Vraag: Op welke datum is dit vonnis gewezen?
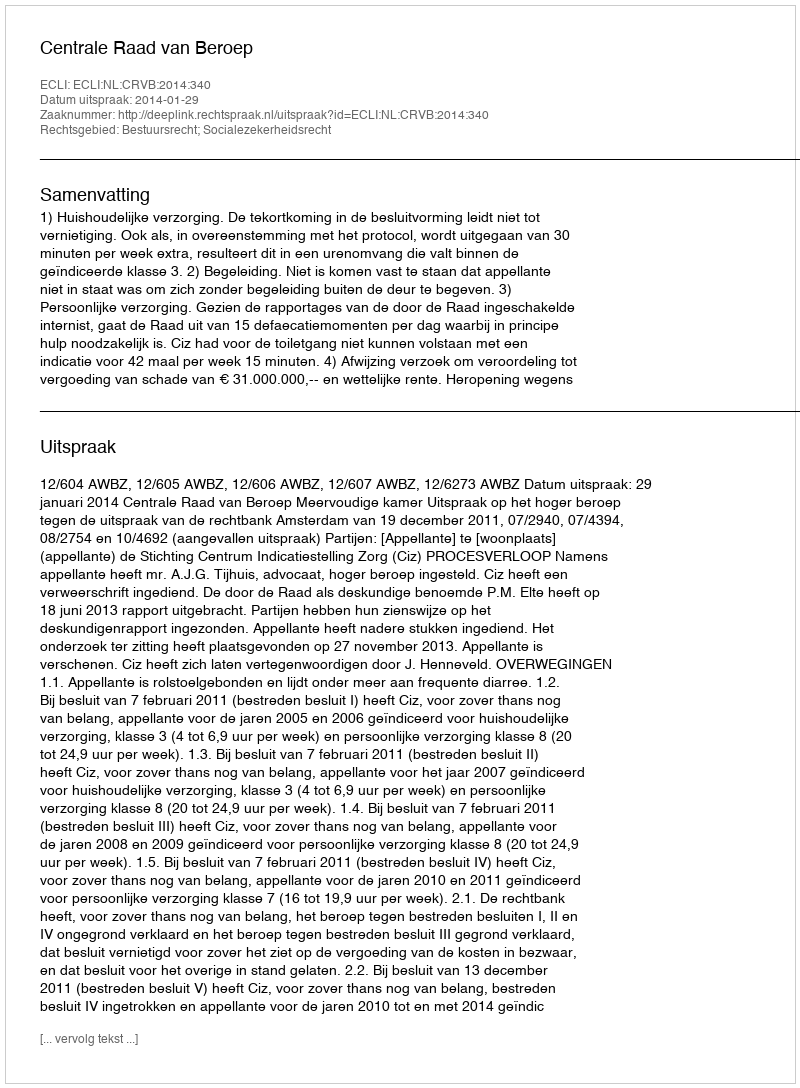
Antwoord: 2014-01-29